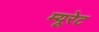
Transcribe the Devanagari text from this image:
म्यूरेट